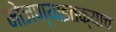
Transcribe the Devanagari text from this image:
मोजण्याइतक्याच